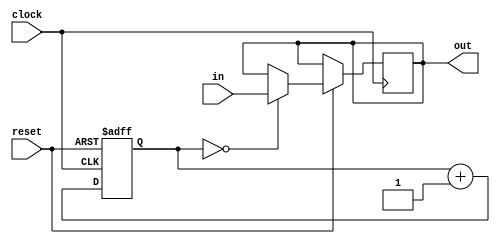
module chattering( // 
	input clock, // 
	input reset, // 
	input in, // 
	output reg out // 
);
	parameter ZERO = 16'b0000_0000_0000_0000;

	reg [15:0] count;//65536
	
	always @(posedge clock or negedge reset) begin
		if (reset == 1'b0) begin
			count <= 16'd0;
		end else begin
			count <= count + 16'd1;
			if (count == ZERO) begin
				out <= in; 
			end
		end
	end

endmodule